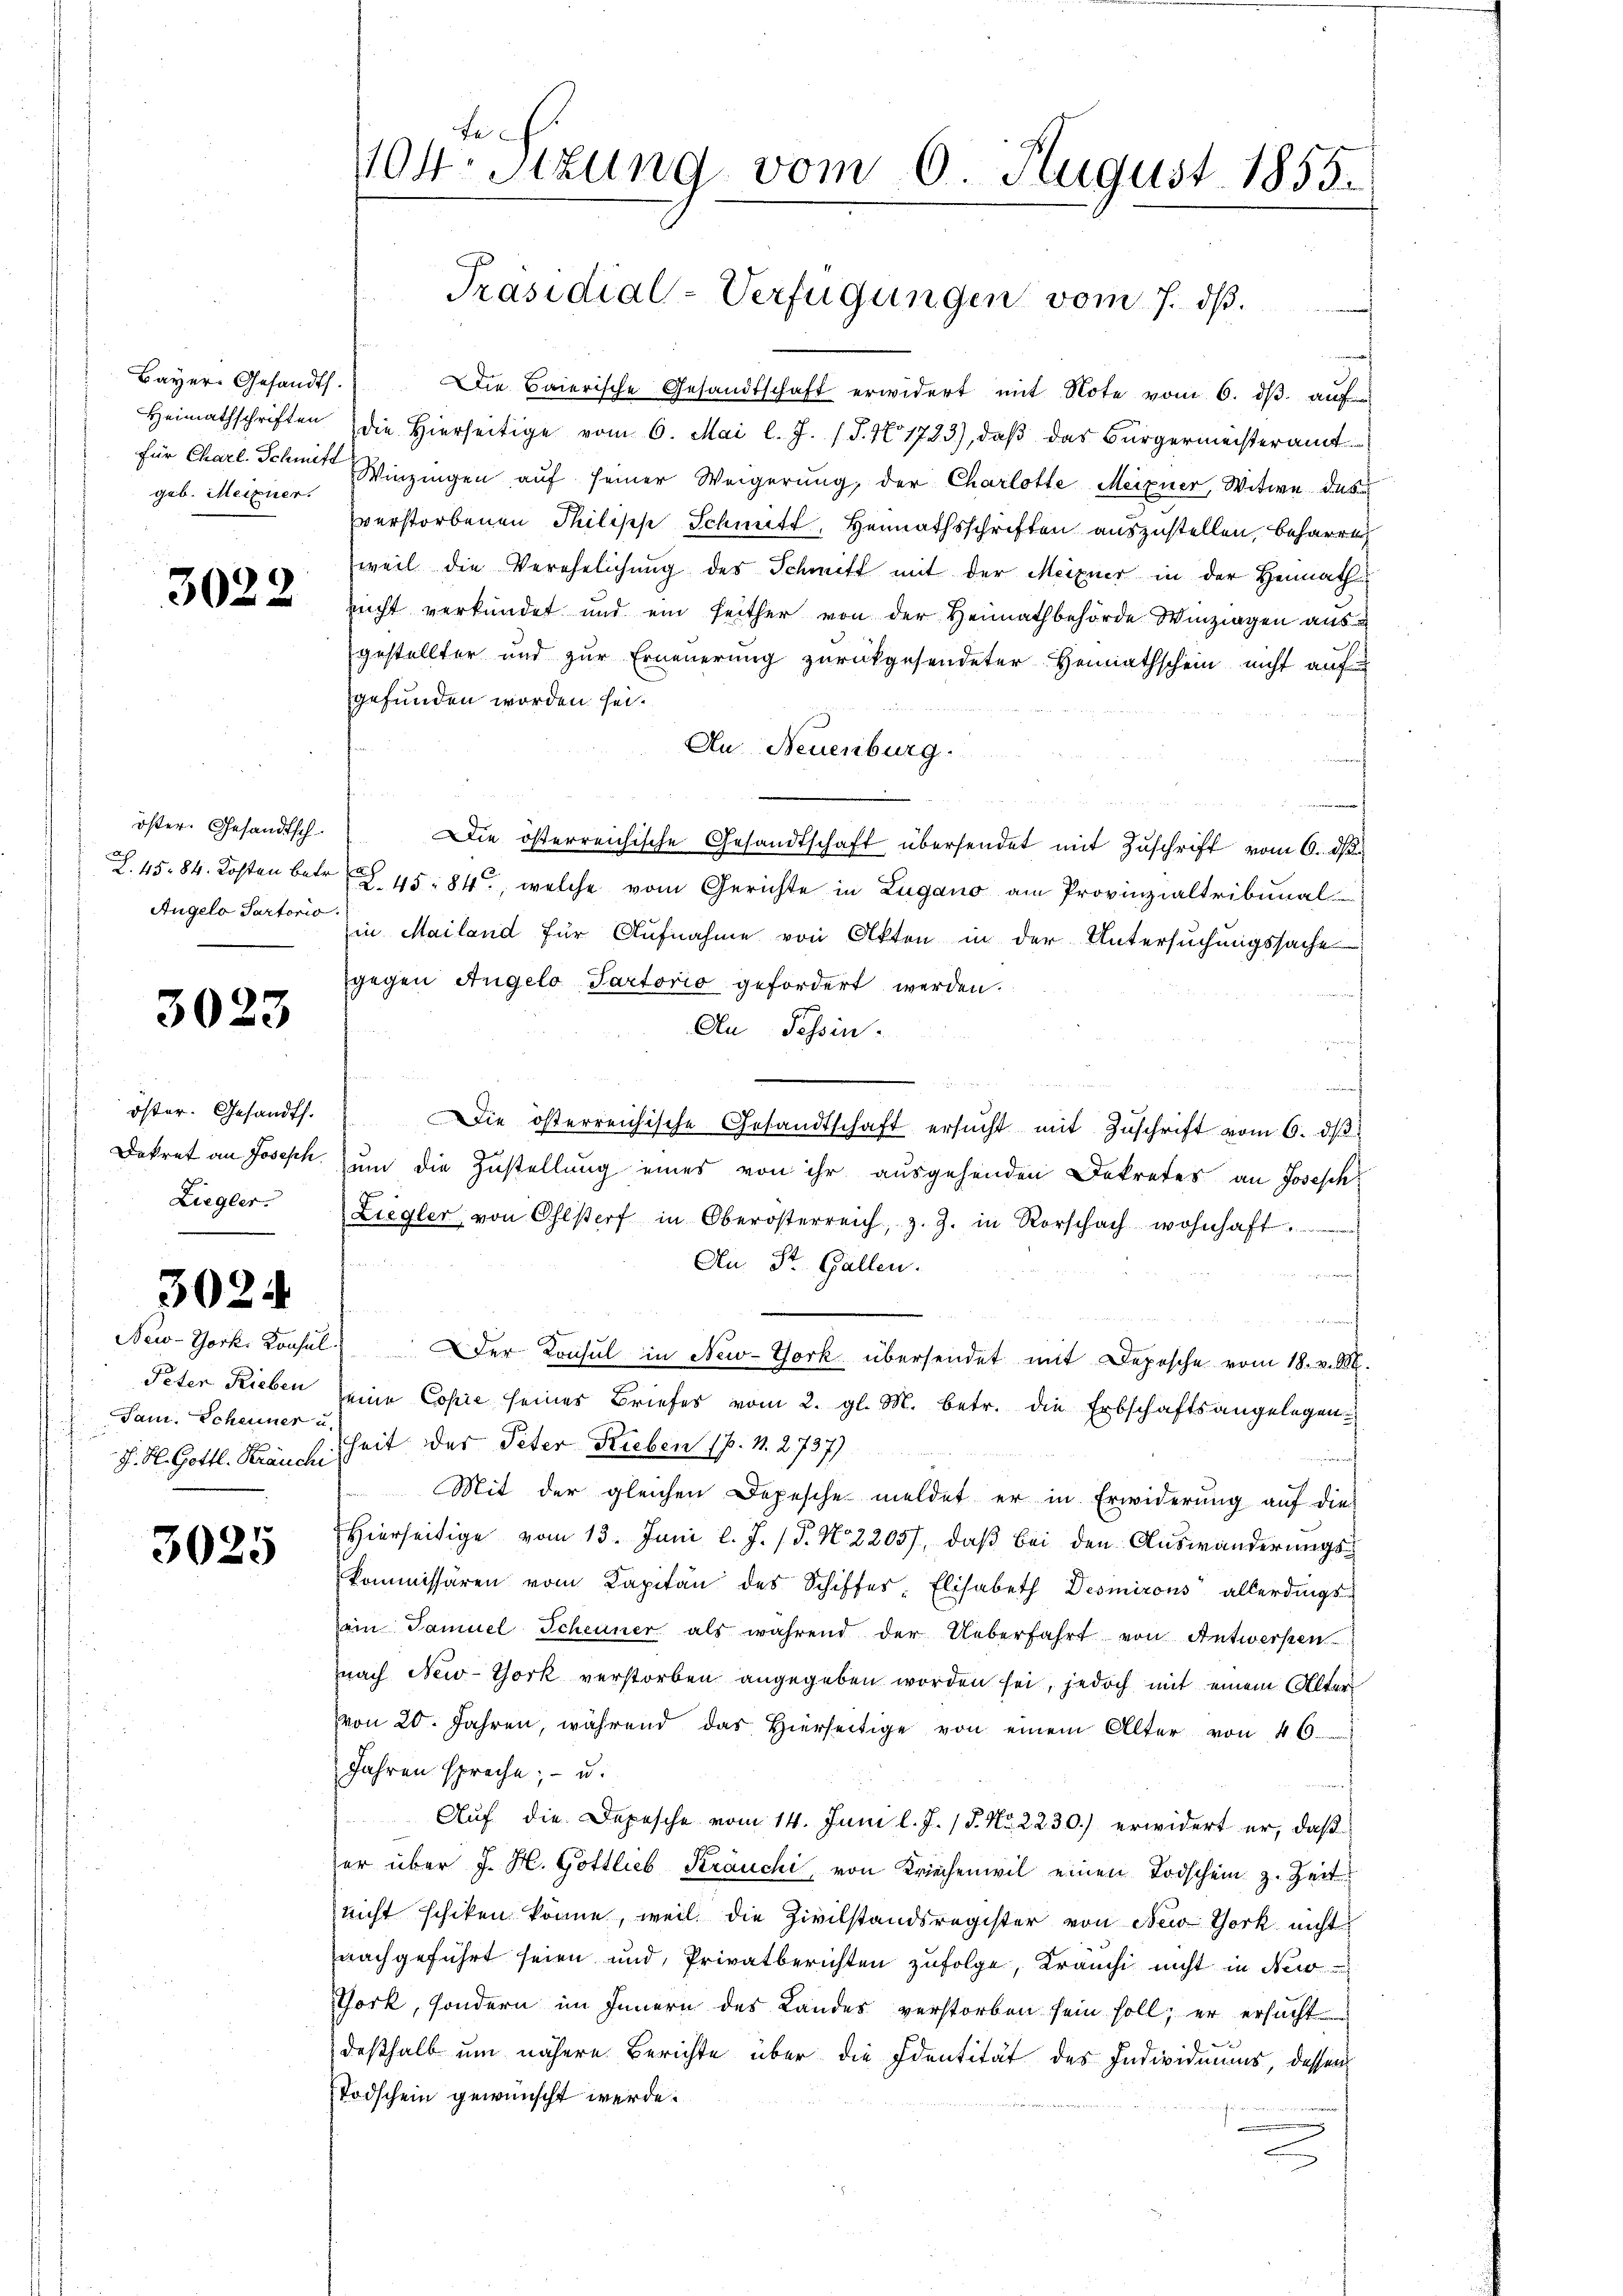
Bayer-Gesandts.
geb. Meixner.

3022

öster. Gesandtsch¬
Angelo Partorio.

3023

öster. Gesandts.
Ziegler.

3024

Peten Rieben
Jam. Scheuner u.

3025

104. Sizung vom 6. August 1855.

Präsidial-Verfügungen vom 7. dβ.

Die Baierische Gesandtschaft erwidert mit Note vom 6. dβ. auf
Heimathschriften die hierseitige vom 6. Mai l. J. (T. No 1723), daβ das Bürgermeisteramt
für Charl. Schmit Winzingen auf seiner Weigerung, der Charlotte Meixner, Witwe des
verstorbenen Philisch Schnitt, Heimathsschriften auszustellen, beharrt,
weil die Verehelichung des Schmitt mit der Meixner in der Heimath
nicht verkündet und ein seither von der Heimathbehörde Winzigen ausgestellter und zur Erneuerung zurückgesendeter Heirathschein nicht auf
gefunden worden sei.
Au Neuenburg.
Die österreichische Gesandtschaft übersendet mit Zuschrift vom 6. ds.
Z. 45. 84. Kosten betr. § 45. 84, welche vom Gerichte in Zugano am Provinzialtribunal-
in Mailand für Aufnahme von Akten in der Untersuchungssache
gegen Angelo Partorio gefordert werden.
An Tessin
Die österreichische Gesandtschaft ersŭcht mit Zuschrift vom 6. dβ
Dekret an Joseph zum die Zustellung eines von ihr ausgehenden Dekretes an Joseph
Ziegler, von Ohlstorf in Oberösterreich, z. Z. in Rorschach wohnhaft ........
An St. Gallen.
ch
mut
New-York, Konsul Der Konsul in New-York übersendet mit Depesche vom 18. v. M.
seine Copie seines Briefes vom 2. gl. M. betr. die Erbschaftsangelegen
J. H. Gottl. Krancherheit des Peter Rieben (p. 1. 2737)
Mit der gleichen Depesche meldet er in Erwiderung auf die
Hierseitige vom 13. Juni l. J. (T. No 22057, daß bei den Auswanderungskommissären vom Kapitan des Schiffes, Elisabeth Desmirons allerdings-
ein Samuel Scheuner als während der Ueberfahrt von Antwerken.
nach New-York verstorben angegeben worden sei, jedoch mit einem Altervon 20. Jahren, während das Hierseitige von einem Alter von 46.
Jahren spreche; - u.
Auf die Depesche vom 14. Juni l. J. 18. No 2230.) erwidert er, daß
er über J. H. Gottlieb Kräuchi, von Kriechenwil einen Todschein z. Zeit
nicht schiken könne, weil die Zivilstandsregister von New York nicht
nachgeführt seien und Privatberichten zufolge, Kranchi nicht in New
Tork, sondern im Innern des Landes verstorben sein soll; er ersucht
deßhalb um nähere Berichte über die Identität des Individuums, dessen
Todschein gewünscht werde.